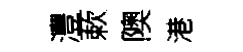
灃蔌隩港